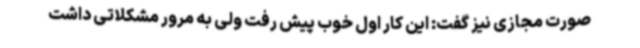
صورت مجازی نیز گفت: این کار اول خوب پیش رفت ولی به مرور مشکلاتی داشت